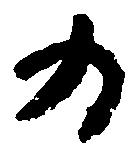
為